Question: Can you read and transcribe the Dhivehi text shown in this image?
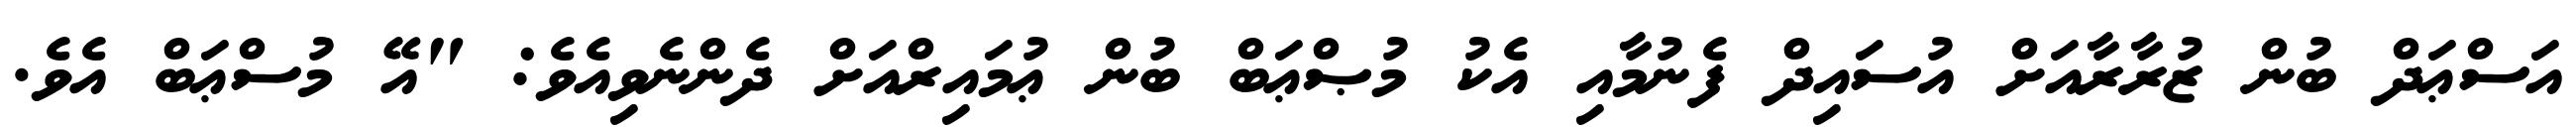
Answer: އަސްޢަދް ބުން ޒުރާރާއަށް އުސައިދް ފެނުމާއި އެކު މުޞްޢަބް ބުން ޢުމައިރްއަށް ދެންނެވިއެވެ: "އޭ މުސްޢަބް އެވެ.